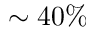
\sim 4 0 \%